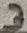
Text: 3